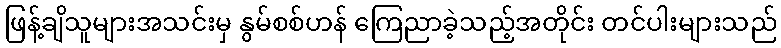
ဖြန့်ချိသူများအသင်းမှ နွမ်စစ်ဟန် ကြေညာခဲ့သည့်အတိုင်း တင်ပါးများသည်